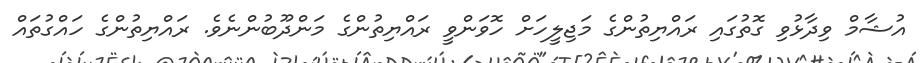
އުޝާމް ވިދާޅުވި ގޮތުގައި ރައްޔިތުންގެ މަޖިލީހަށް ހޮވަންވީ ރައްޔިތުންގެ މަންދޫބުންނެވެ. ރައްޔިތުންގެ ހައްގުތައް